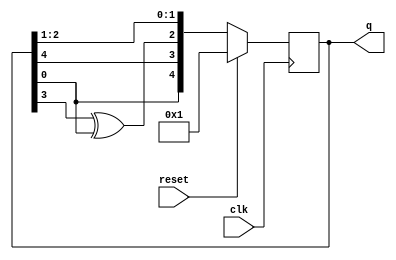
module top_module(
    input clk,
    input reset,    // Active-high synchronous reset to 5'h1
    output [4:0] q
); 

    always @(posedge clk) begin
        if(reset) begin
            q <= 5'h1;
        end
        else begin
            q <= {0 ^ q[0], q[4], q[3] ^ q[0], q[2], q[1]};
        end
    end
    
endmodule